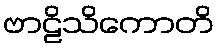
ဗာဠိသိကောတိ